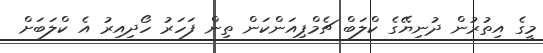
މީގެ އިތުރުން ދުނިޔޭގެ ކްލަބް ޗެމްޕިއަންކަން ތިން ފަހަރު ހޯދިއިރު އެ ކްލަބަށް